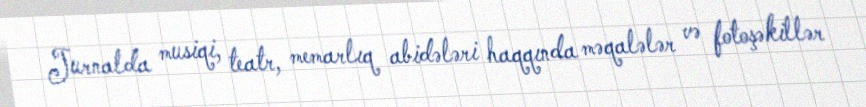
Jurnalda musiqi, teatr, memarlıq abidələri haqqında məqalələr və fotoşəkillər